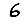
Digit: 6